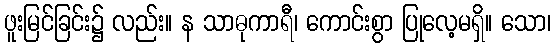
ဖူးမြင်ခြင်း၌ လည်း။ န သာဓုကာရီ၊ ကောင်းစွာ ပြုလေ့မရှိ။ သော၊